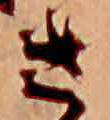
さ